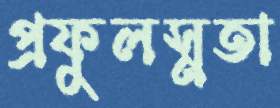
প্রফুলস্নতা